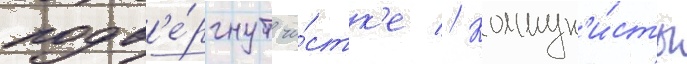
подв'е́ргнут чи́стк'е // Коммун'и́сты